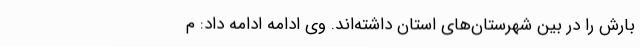
بارش را در بین شهرستان‌های استان داشته‌اند. وی ادامه ادامه داد: م